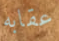
عقابه